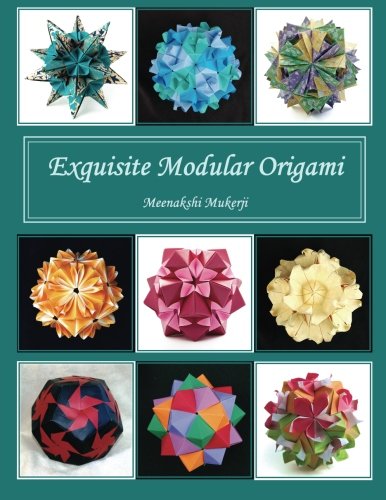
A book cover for Exquisite Modular Origami; Meenakshi Mukerji; Humor & Entertainment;